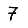
Digit: 7